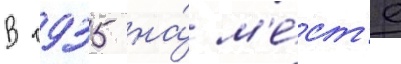
В 1935 на́ м'е́ст'е